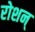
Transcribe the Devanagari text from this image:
रोशन्